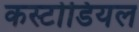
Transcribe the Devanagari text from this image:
कस्टोडियल